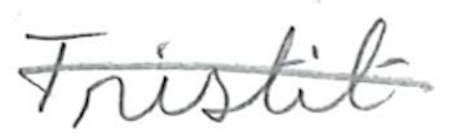
Text: Tristit
Cross-out: diagonal
Writing tool: pencil